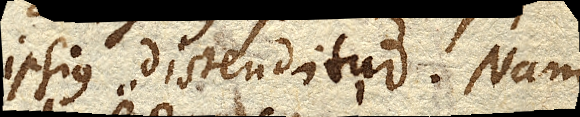
ipsius distenditur. Nam